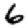
Digit: 6